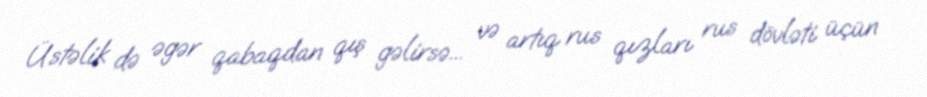
Üstəlik də əgər qabaqdan qış gəlirsə... və artıq rus qızları rus dövləti üçün